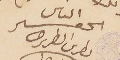
الحقير الياس بطرس البطريرك